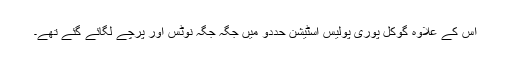
اس کے علاوہ گوکل پوری پولیس اسٹیشن حددو میں جگہ جگہ نوٹس اور پرچے لگائے گئے تھے۔